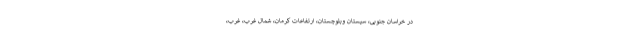
در خراسان جنوبی، سیستان وبلوچستان، ارتفاعات کرمان، شمال غرب، غرب،